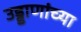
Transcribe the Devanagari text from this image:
उड्डाणांच्या